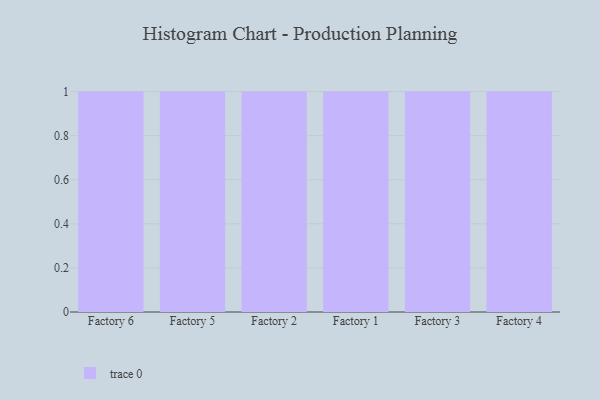
{"axis": {"x": "Factory", "y": "Operating Costs (USD K)"}, "legend": [""], "data": [{"x": "Factory 6", "y": 42, "type": ""}, {"x": "Factory 5", "y": 10, "type": ""}, {"x": "Factory 2", "y": 98, "type": ""}, {"x": "Factory 1", "y": 65, "type": ""}, {"x": "Factory 3", "y": 3, "type": ""}, {"x": "Factory 4", "y": 15, "type": ""}]}